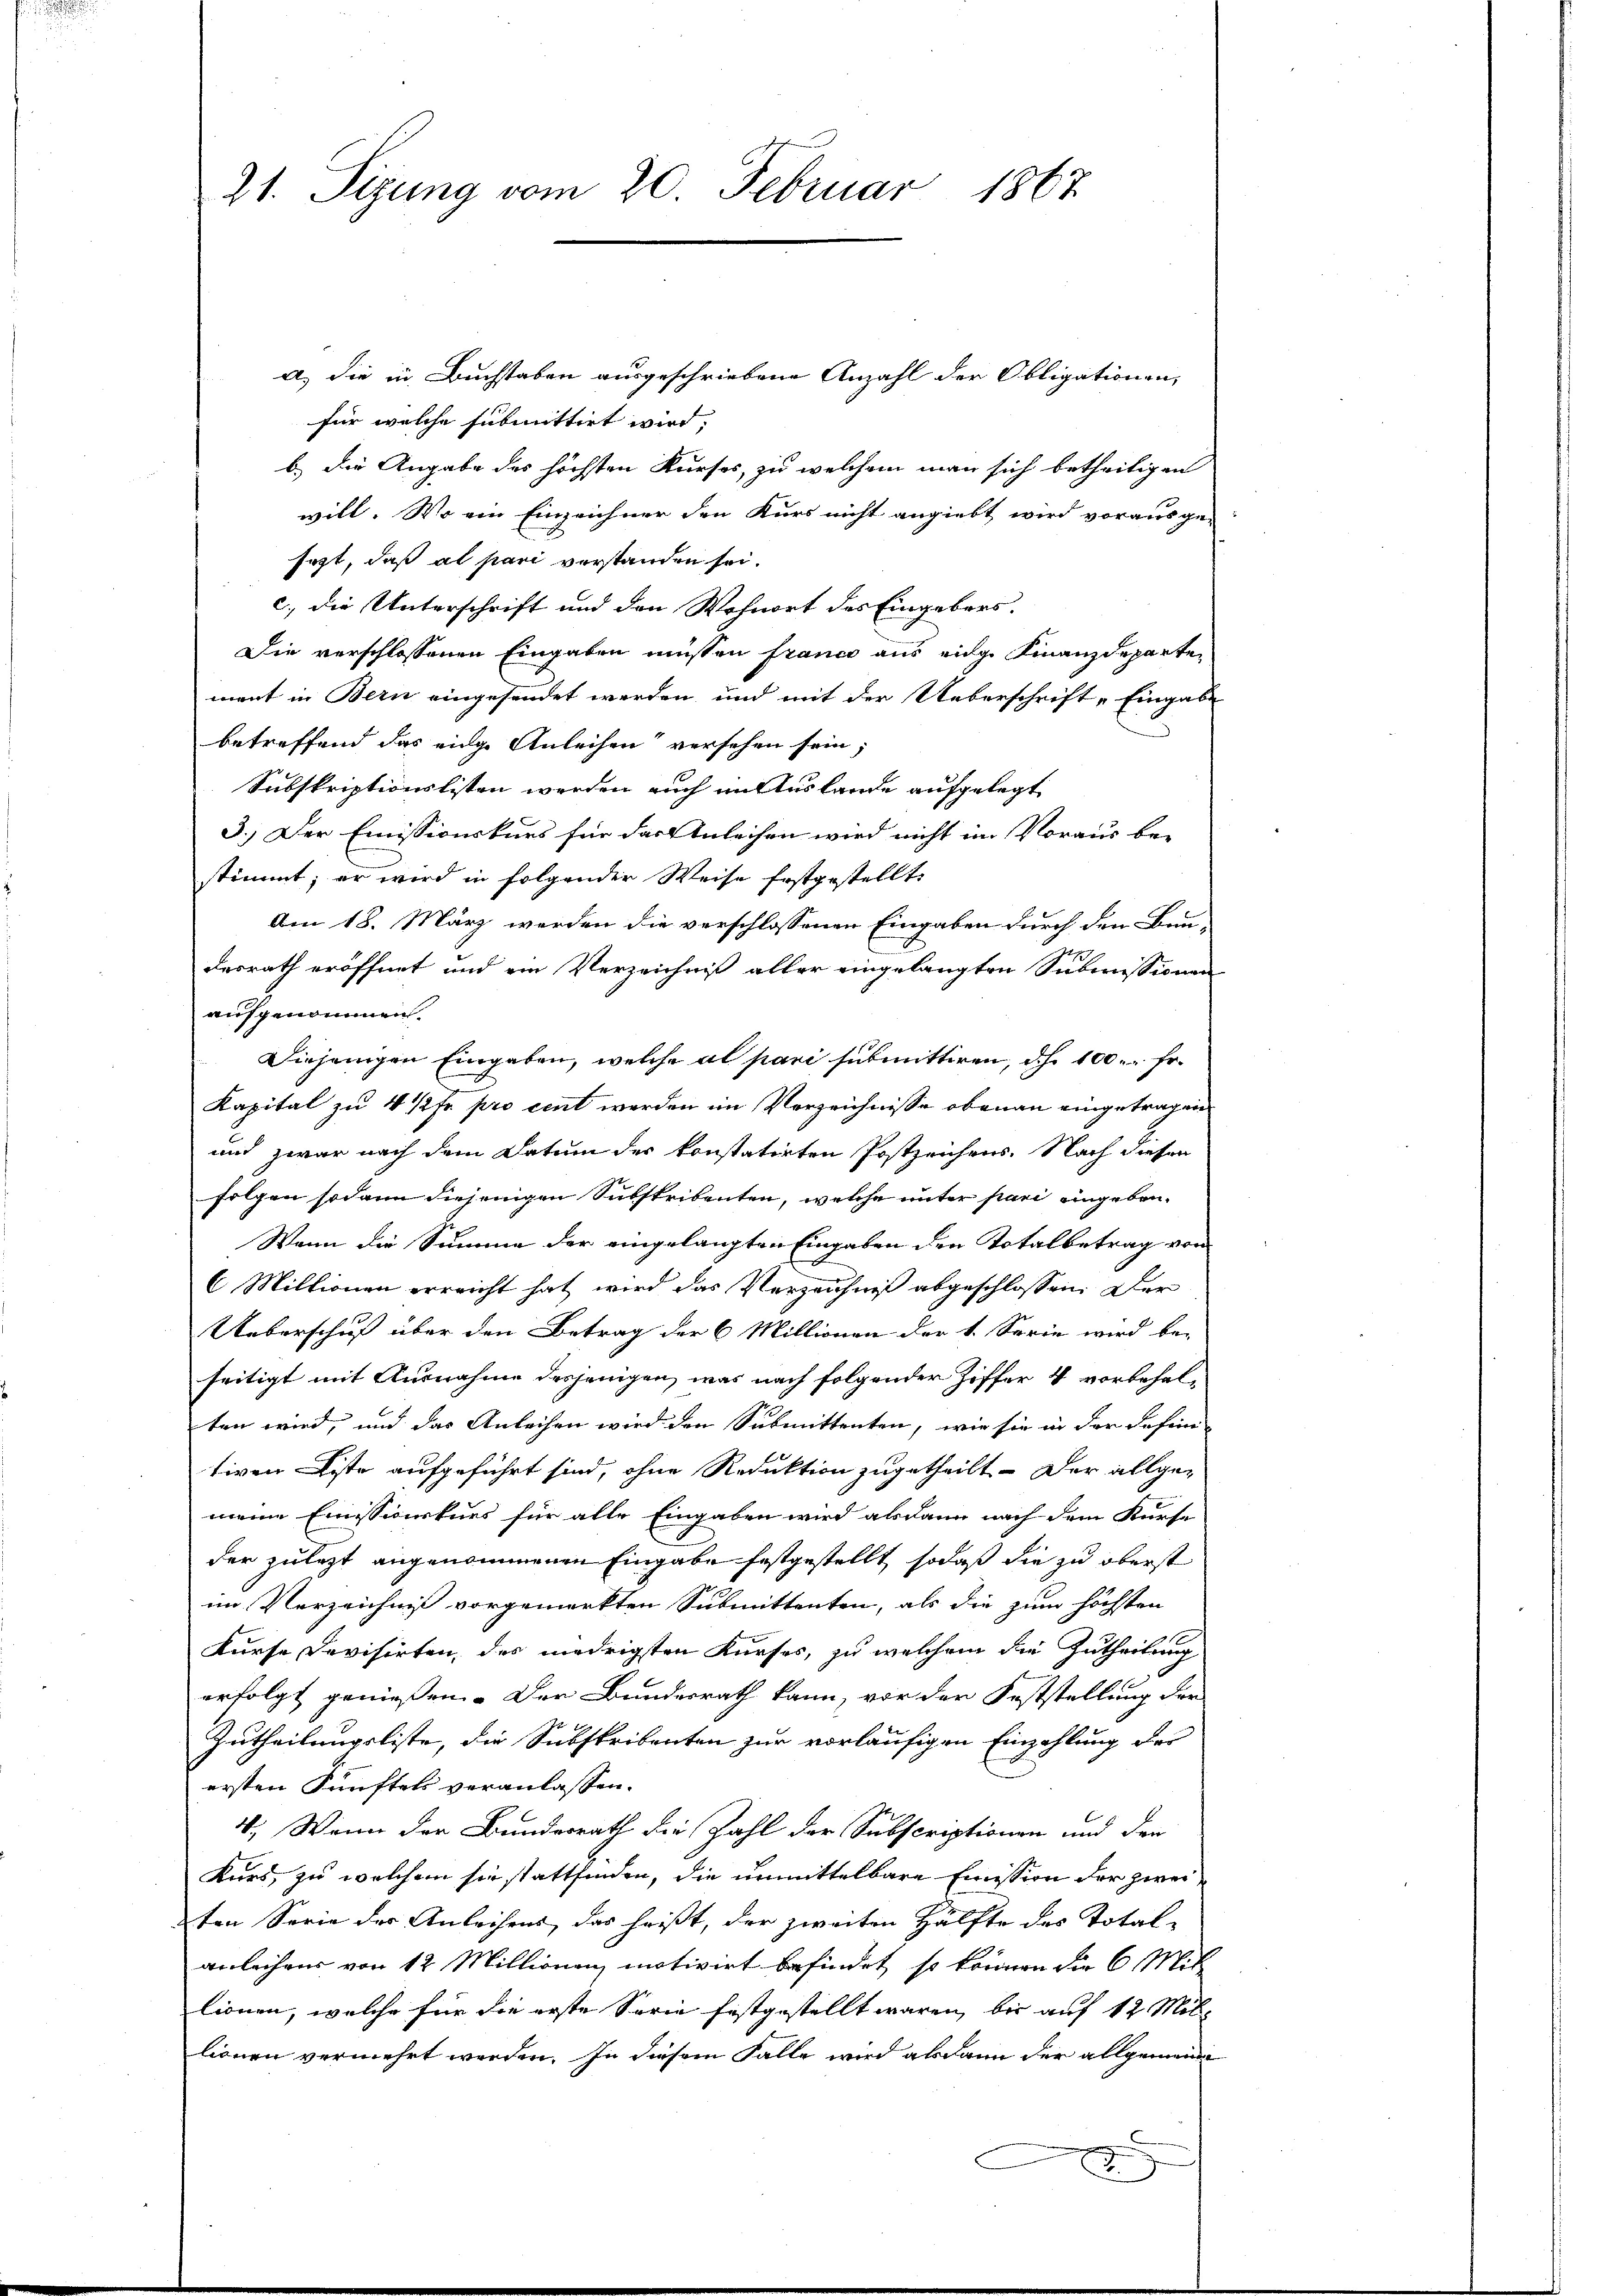
21. Sizung vom 20. Februar 1867

a) die in Buchstaben ausgeschriebene Anzahl der Obligationen,
für welche submittirt wird,
b.) Die Angabe des höchsten Kurses, zu welchem man sich betheiligen
will. Wo ein Einzeichner den Kurs nicht angiebt wird vorausge-
sezt, daß al pari verstanden sei.
c.) die Unterschrift und den Wohnort des Eingebens-
Die verschlossenen Eingaben müssen francs aus einge Finanzdeparten
ment in Bern eingesendet werden, und mit der Ueberschrift „Eingabe
betreffend das eige Anleihen versehen sein;
Subskriptionslisten werden auch im Auslande aufgelegt
3.) Der Emissionskurs für das Anleihen wird nicht im Voraus be-
stimmt; er wird in folgender Weise Erstgestellt.
Am 18. März werden die verschlossenen Eingaben durch den Bun-
desrath eröffnet und ein Verzeichniß aller eingelangten Submissionen
aufgenommen.
Diejenigen Eingaben, welche al pari submittiren, d.h. 100. Fr.
Kapital zu 4 1/2 Fr. pro eint werden im Verzeichnisse obenan eingetragen
und zwar nach dem Datum der konstatirten Postzeichens. Nach diesen
folgen sodann diejenigen Substribenten, welche unter pari eingeben-
Wann die Summe der eingelangten Eingaben den Totalbetrag von
6 Millionen erreicht hat wird das Verzeichniß abgeschlossen. Der
Ueberschuß über den Betrag der 6 Millionen der 1. Serie wird be-
seitigt mit Ausnahme desjenigen, was nach folgender Ziffer 4 vorbehalten wird, und das Anleihen wird den Submittenten, wie sie in der defini
tiven Liste aufgeführt sind, ohne Reduktion zugetheilt. Der allge-
meine Emissicurkurs für alle Eingaben wird alsdann nach dem Kurse
der zulezt angenommenen Eingabe festgestellt, sodaß die zu oberst
im Verzeichnis vorgemerkten Submittenten, als die zum höchsten
Kurse Devisirten, des niedrigsten Kurses, zu welchem die Zutheilung
erfolgt geniessen. Der Bundesrath kann, vor der Feststellung der
Zutheilungsliste, die Substribenten zur vorläufigen Einzahlung des
ersten Fünftels veranlassen.
4. Wenn der Bundesrath die Zahl der Subscriptionen und der
Kurs, zu welchem sie stattfinden, die unmittelbare Emission der zweiten Serie der Anleihens, das heißt, der zweiten Hälfte des Total-
anleihens von 12 Millionen motivirt befindet, so können die 6 Mit-
lionen, welche für die erste Serie festgestellt waren, bis auf 12 Millionen vermehrt werden, in diesem Falle wird ab dann der allgemeine
.